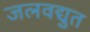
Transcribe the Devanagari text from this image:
जलवद्युत